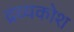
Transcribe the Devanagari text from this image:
द्रव्यकोश